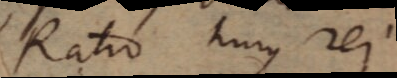
Ratio hujus rei